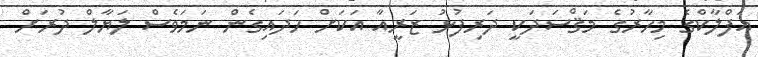
އަފްލާކްގެ މިހާރުގެ މަޤްސަދަކީ ދަރިފުޅު ޒަރީއާ އަކަށް ހަދައިގެން ނަމަވެސް ލަޔާލް ދުރަށް